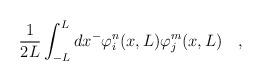
LaTeX: \begin{align*}\frac{1}{2L}\int_{-L}^{L}dx^- \varphi_{i}^n(x, L)\varphi_{j}^m(x, L) \quad,\end{align*}